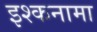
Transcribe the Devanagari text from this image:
इश्कनामा